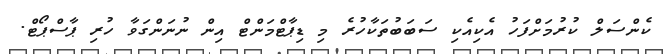
ކެންސަލް ކުރުމަށްފަހު އެކިއެކި ސަބަބުތަކާހުރެ މި ޑިޕާޓްމަންޓް އިން ނުނަންގަވާ ހުރި ޕާސްޕޯޓް.